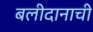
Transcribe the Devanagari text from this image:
बलीदानाची